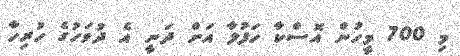
މި 700 މީހުން އޮސްކާ ހަފުލާ އަށް ދަނީ އެ ދުވަހުގެ ހުރިހާ